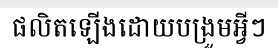
ផលិតឡើងដោយបង្រួមអ្វីៗ